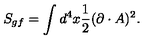
S _ { g f } = \int d ^ { 4 } x \frac { 1 } { 2 } ( \partial \cdot A ) ^ { 2 } .